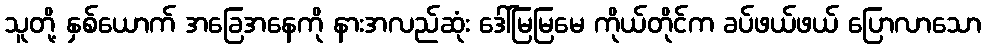
သူတို့ နှစ်ယောက် အခြေအနေကို နားအလည်ဆုံး ဒေါ်မြမြမေ ကိုယ်တိုင်က ခပ်ဖယ်ဖယ် ပြောလာသော